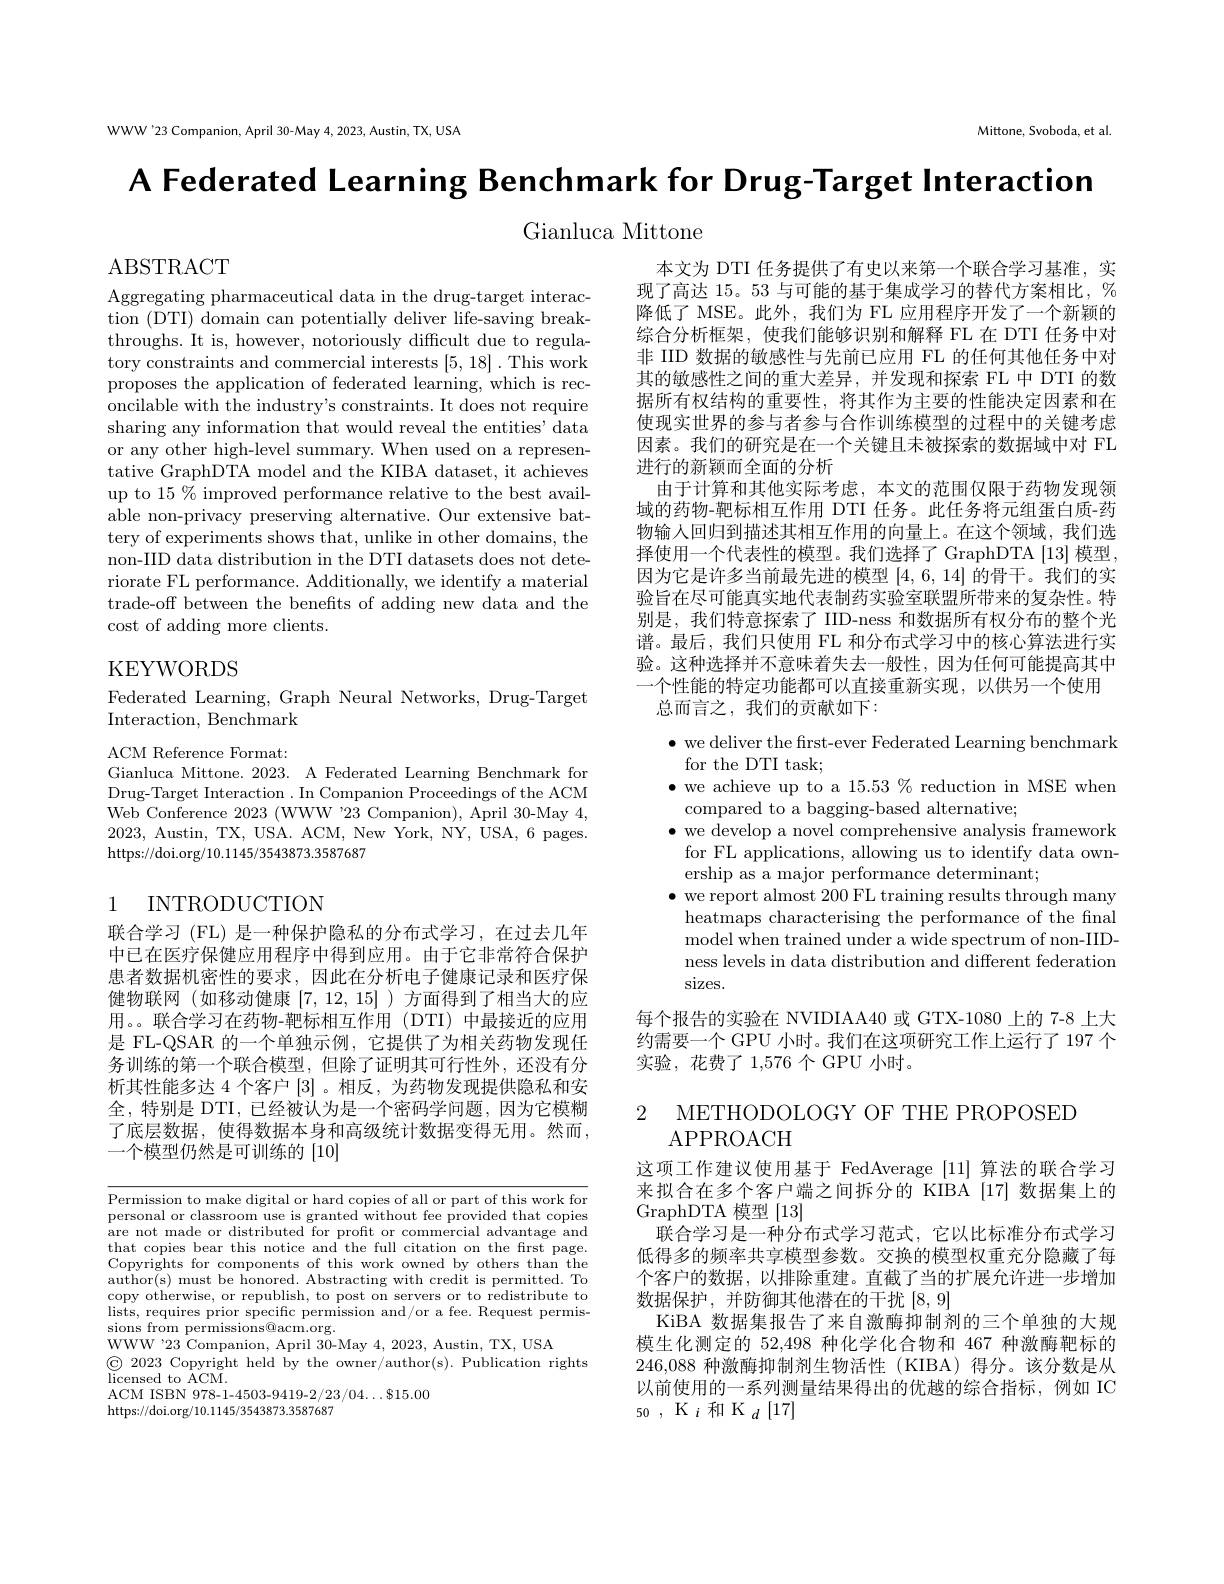
WWW'23 Companion, April 30-May 4, 2023, Austin, TX, USA

Mittone, Svoboda, et al.

A Federated Learning Benchmark for Drug-Target Interaction

Gianluca Mittone

ABSTRACT

Aggregating pharmaceutical data in the drug-target interaction (DTI) domain can potent throughs. It is, however, no tory constraints and commerc proposes the application of oncilable with the industry' sharing any information that or any other high-level summ tative GraphDTA model and th up to 15 % improved performa able non-privacy preserving tery of experiments shows th non-IID data distribution in riorate FL performance. Addi trade-off between the benefits of adding new data and the cost of adding more clients.

本文为 DTI 任务提供了有史以来第一个联合学习基准，实现了高达 15。53 与可能的基于集成学习的替代方案相比降低了 MSE。此外，我们为 FL 应用程序开发了一个新颖的综合分析框架，使我们能够识别和解释 FL 在 DTI 任非 IID 数据的敏感性与先前已应用 FL 的任何其他任务中对其的敏感性之间的重大差异，并发现和探索 FL 中 DTI 的数据所有权结构的重要性，将其作为主要的性能决定因素和在使现实世界的参与者参与合作训练模型的过程中的关键考虑因素。我们的研究是在一个关键且未被探索的数据域中对 FL 进行的新颖而全面的分析
由于计算和其他实际考虑，本文的范围仅限于药物发现领域的药物-靶标相互作用 DTI 任务。此任务将元组蛋白质-药物输入回归到描述其相互作用的向量上。在这个领域，我们选择使用一个代表性的模型。我们选择了 GraphDTA [13] 模型， 因为它是许多当前最先进的模型[4,6,14]的骨干。我们的实验旨在尽可能真实地代表制药实验室联盟所带来的复杂性。特别是，我们特意探索了 IID-ness 和数据所有权分布的整个光谱。最后，我们只使用 FL 和分布式学习中的核心算法进行实验。这种选择并不意味着失去一般性，因为任何可能提高其中一个性能的特定功能都可以直接重新实现，以供另一个使用
总而言之，我们的贡献如下：

KEYWORDS

Federated Learning, Graph Neural Networks, Drug-Target
Interaction, Benchmark

ACM Reference Format:
Gianluca Mittone. 2023. A Federated Learning Benchmark for Drug-Target Interaction . In Companion Proceedings of the ACM Web Conference 2023 (WWW 23 Companion), April 30-May 4, 2023, Austin, TX, USA. ACM, New York, NY, USA, 6 pages. https://doi.org/10.1145/3543873.3587687

$\bullet$ we deliver the frst-ever Federated Learning benchmark
for the DTI task;
$\bullet$ we achieve up to a $15.53\%$ reduction in MSE when
compared to a bagging-based alternative;
$\bullet$ we develop a novel comprehensive analysis framework for FL applications, allowing us to identify data ownership as a major performance determinant;
$\bullet$ we report almost 200 FL training results through many heatmaps characterising the performance of the final model when trained under a wide spectrum of non-IIDness levels in data distribution and different federation $\operatorname{sizes.}$
每个报告的实验在 NVIDIAA40 或 GTX-1080 上的 7-8 上大

# 1 INTRODUCTION

约需要一个 GPU 小时。我们在这项研究工作上运行了197 个
实验，花费了$1,576\uparrow$ GPU 小时。

联合学习 (FL) 是一种保护隐私的分布式学习，在过去几年中已在医疗保健应用程序中得到应用。由于它非常符合保护患者数据机密性的要求，因此在分析电子健康记录和医疗保健物联网 (如移动健康[7,12,15] )方面得到了相当大的应用。。联合学习在药物-靶标相互作用(DTI) 中最接近的应用是 FL-QSAR 的一个单独示例，它提供了为相关药物发现任务训练的第一个联合模型，但除了证明其可行性外，还没有分析其性能多达 4 个客户[3]。相反，为药物发现提供隐私和安全，特别是 DTI, 已经被认为是一个密码学问题，因为它模糊了底层数据，使得数据本身和高级统计数据变得无用。然而， 一个模型仍然是可训练的[10]

METHODOLOGY OF THE PROPOSED
2
APPROACH
这项工作建议使用基于 FedAverage [11]算法的联合学习来拟合在多个客户端之间拆分的 KIBA [17]数GraphDTA 模型[13]
are not made or distributed for proft or commercial advantage and 联合学习是一种分布式学习范式，它以比标准分布式学习that copies bear this notice and the full citation on the first page. 低得多的频率共享模型参数。交换的模型权重充分隐藏了每Copyrights for components of this work owned by others than
数据保护，并防御其他潜在的干扰[8,9]
KiBA 数据集报告了来自激酶抑制剂的三个单独的大规模生化测定的 52,498 种化学化合物和 467 种激酶靶标的246,088种激酶抑制剂生物活性(KIBA)得分以前使用的一系列测量结果得出的优越的综合指标，例如 IC 50 , $\mathrm{K} _{i}$和$\mathrm{K}_d[17]$

Permission to make digital or hard copies of all personal or classroom use is author(s) must be honored. A copy otherwise, or republish lists, requires prior specif sions from permissions@acm.o
WWW'23 Companion, April $\bar30$
$\textcircled{\mathrm{c}}\underline{2023}$Copyright held
licensed to ACM.
ACM ISBN 978-1-4503-9419-2/2
https://doi.org/10.1145/3543873.3587687